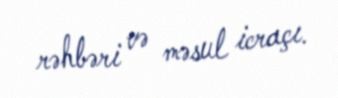
rəhbəri və məsul icraçı.